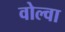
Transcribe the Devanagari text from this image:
वोल्वा